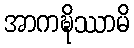
အာကဍ္ဎိဿာမိ